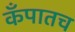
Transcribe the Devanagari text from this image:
कँपातच